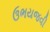
ઉભયજવી